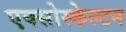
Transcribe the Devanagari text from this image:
एक्सोस्केल्टन